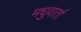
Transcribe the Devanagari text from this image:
मधुवार्ता